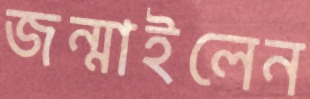
জন্মাইলেন